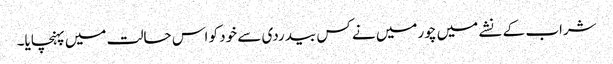
شراب کے نشے میں چورمیں نے کس بیدردی سے خود کو اس حالت میں پہنچایا۔